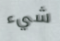
شيء